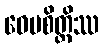
ဝေပစိတ္တိဿ